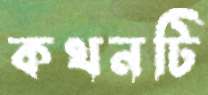
কথনটি